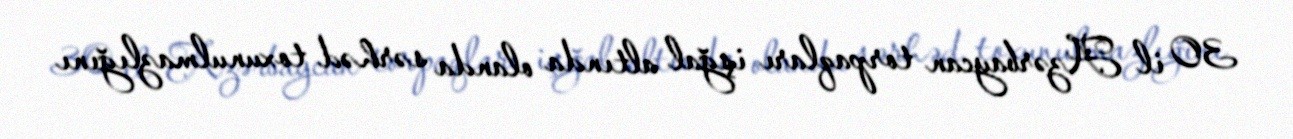
30 il Azərbaycan torpaqları işğal altında olanda sərhəd toxunulmazlığını